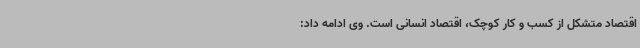
اقتصاد متشکل از کسب و کار کوچک، اقتصاد انسانی است. وی ادامه داد: